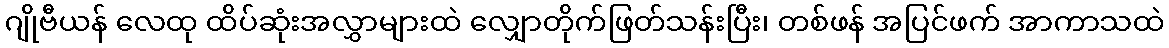
ဂျိုဗီယန် လေထု ထိပ်ဆုံးအလွှာများထဲ လျှောတိုက်ဖြတ်သန်းပြီး၊ တစ်ဖန် အပြင်ဖက် အာကာသထဲ